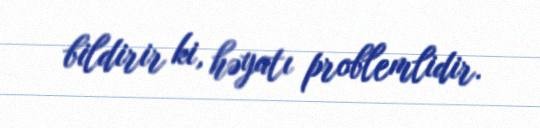
bildirir ki, həyatı problemlidir.